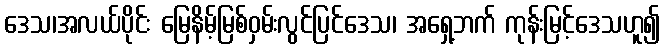
ဒေသ၊အလယ်ပိုင်း မြေနိမ့်မြစ်ဝှမ်းလွင်ပြင်ဒေသ၊ အရှေ့ဘက် ကုန်းမြင့်ဒေသဟူ၍